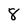
Character: 8